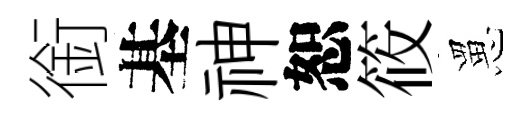
銜基神恕筱罳